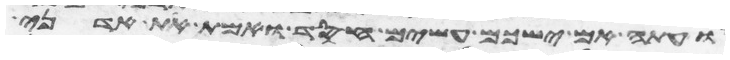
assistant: ועתה אם ישכם עשים חסד ואמת את אדני